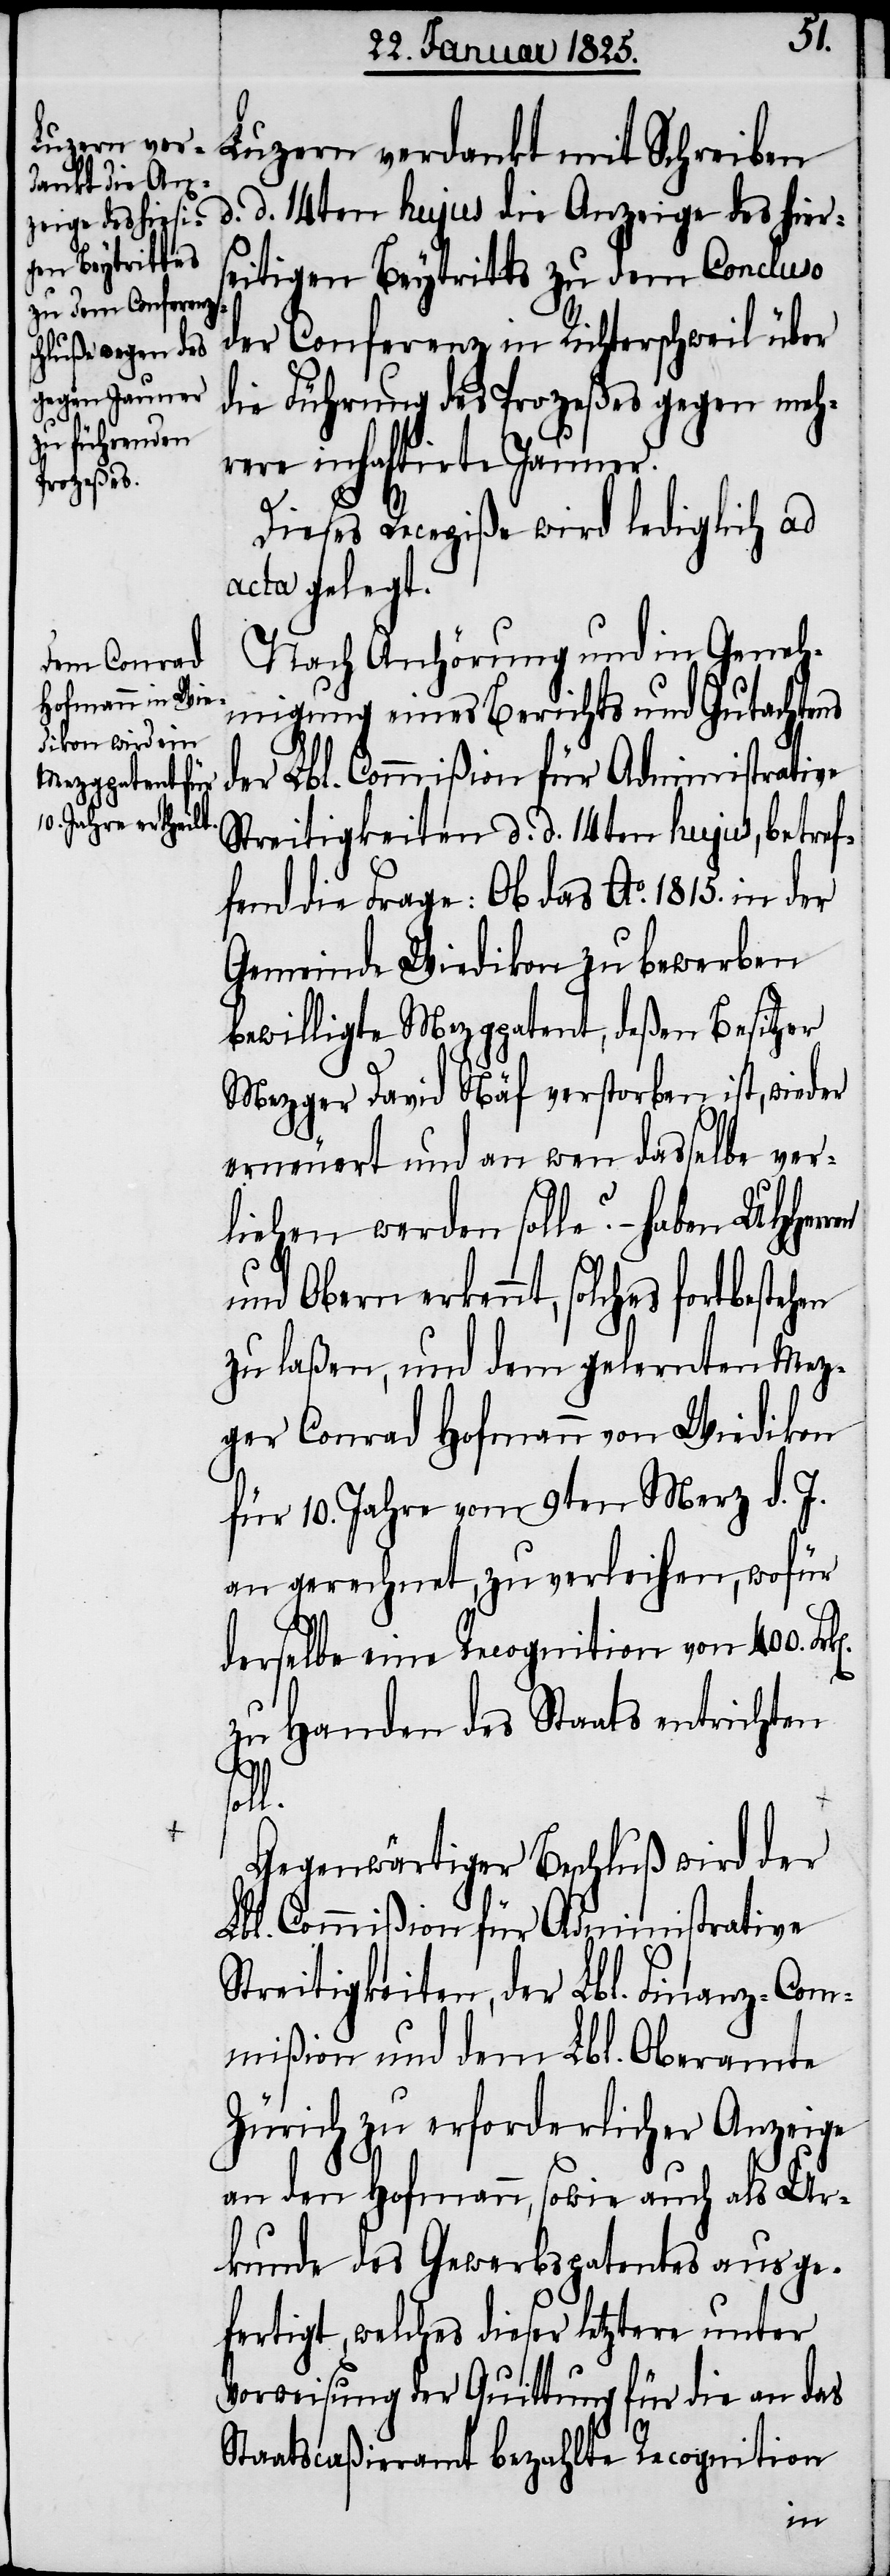
Luzern verdankt mit Schreiben
d. d. 14ten hujus die Anzeige des hiers¬
eitigen Beytritts zu dem Concluso
der Conferenz in Richterschweil über
die Führung des Prozeßes gegen meh¬
rere inhaftirte Jauner.
Dieses Recepiße wird lediglich ad
acta gelegt.
Nach Anhörung und in Geneh¬
migung eines Berichts und Gutachtens
der Lbl. Commißion für Administrative
Streitigkeiten d. d. 14ten hujus, betref¬
fend die Frage: Ob das Ao. 1815. in der
Gemeinde Wiedikon zu bewerben
bewilligte Mezgpatent, deßen Besitzer
Mezger David Näf verstorben ist, wieder
erneuert und an wen dasselbe ver¬
liehen werden solle? – haben UHHerr¬
und Obern erkennt, solches fortbestehen
zu laßen, und dem gelernten Mez¬
ger Conrad Hofmann von Wiedikon
für 10. Jahre vom 9ten Merz d. J.
an gerechnet, zu verleihen, wofür
derselbe eine Recognition von 400. Fr¬
k[en].
zu Handen des Staats entrichten
l.
Gegenwärtiger Beschluß wird der
Lbl. Commißion für Administrative
Streitigkeiten, der Lbl. Finanz-Com¬
mißion und dem Lbl. Oberamte
Zürich zu erforderlicher Anzeige
an den Hofmann, sowie auch als Ur¬
kunde des Gewerbspatentes ausge¬
fertigt, welches dieser letztere unter
Vorweisung der Quittung für die an das
Staatscaßieramt bezahlte Recognition
en